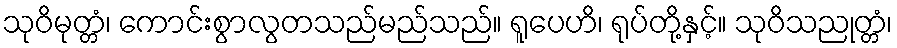
သုဝိမုတ္တံ၊ ကောင်းစွာလွတသည်မည်သည်။ ရူပေဟိ၊ ရုပ်တို့နှင့်။ သုဝိသညုတ္တံ၊